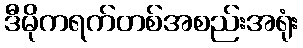
ဒီမိုကရက်တစ်အစည်းအရုံး